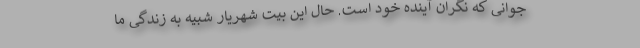
جوانی که نگران آینده خود است. حال این بیت شهریار شبیه به زندگی ما